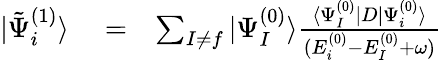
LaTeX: \begin{array}{rlr}{|\tilde{\Psi}_{i}^{(1)}\rangle}&{{}=}&{\sum_{I\ne f}|\Psi_{I}^{(0)}\rangle\frac{\langle\Psi_{I}^{(0)}|D|\Psi_{i}^{(0)}\rangle}{(E_{i}^{(0)}-E_{I}^{(0)}+\omega)}}\end{array}